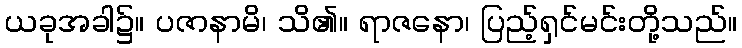
ယခုအခါ၌။ ပဇာနာမိ၊ သိ၏။ ရာဇနော၊ ပြည့်ရှင်မင်းတို့သည်။